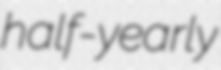
half-yearly